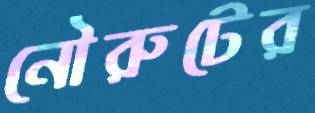
নৌরুটের